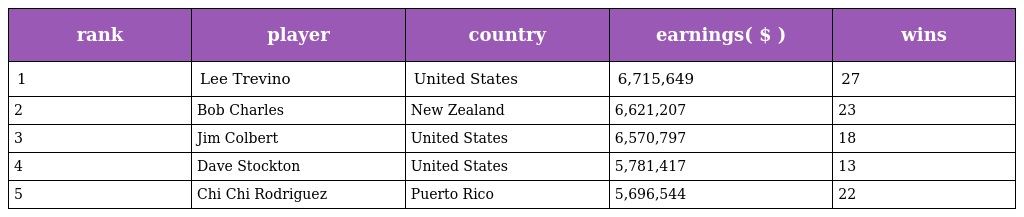
| rank | player | country | earnings( $ ) | wins |
 | --- | --- | --- | --- | --- |
 | 1 | Lee Trevino | United States | 6,715,649 | 27 |
 | 2 | Bob Charles | New Zealand | 6,621,207 | 23 |
 | 3 | Jim Colbert | United States | 6,570,797 | 18 |
 | 4 | Dave Stockton | United States | 5,781,417 | 13 |
 | 5 | Chi Chi Rodriguez | Puerto Rico | 5,696,544 | 22 |